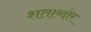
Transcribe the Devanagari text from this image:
शताब्दीर